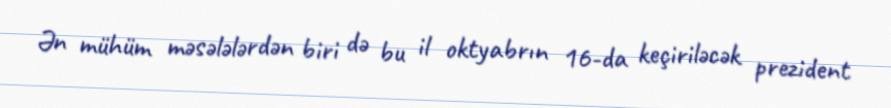
Ən mühüm məsələlərdən biri də bu il oktyabrın 16-da keçiriləcək prezident